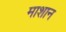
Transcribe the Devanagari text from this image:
माशान